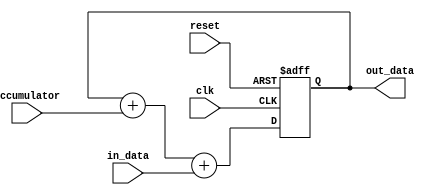
module fixed_point_accumulator (
    input wire clk,
    input wire reset,
    input wire [15:0] in_data,
    input wire [15:0] accumulator,
    output reg [15:0] out_data
);

reg [15:0] acc;

always @ (posedge clk or posedge reset) begin
    if (reset) begin
        acc <= 16'b0;
    end else begin
        acc <= acc + accumulator + in_data;
    end
end

assign out_data = acc;

endmodule